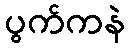
ပွက်ကနဲ